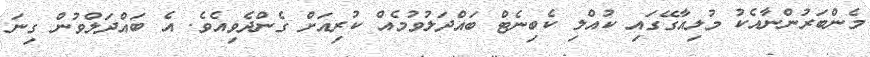
މެންބަރުންނާއެކު މުލިއާގޭގައި ކުއްލި ކެބިނެޓް ބައްދަލުވުމެއް ކުރިއަށް ގެންދެވިއެވެ. އެ ބައްދަލްވުން ގިނަ